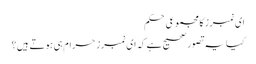
ای نمبرز کا مجموعی حکم
کیا یہ تصور صحیح ہے کہ ای نمبرز حرام ہی ہوتے ہیں؟